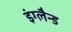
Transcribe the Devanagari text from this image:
इंग्लैन्ड